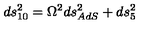
d s _ { 1 0 } ^ { 2 } = \Omega ^ { 2 } d s _ { A d S } ^ { 2 } + d s _ { 5 } ^ { 2 }